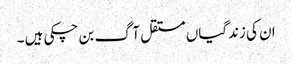
ان کی زندگیاں مستقل آگ بن چکی ہیں ۔